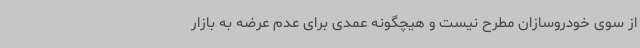
از سوی خودروسازان مطرح نیست و هیچگونه عمدی برای عدم عرضه به بازار